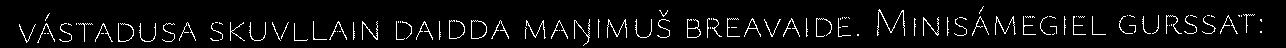
vástadusa skuvllain daidda maŋimuš breavaide. Minisámegiel gurssat: